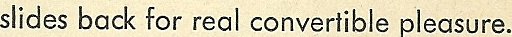
slides back for real convertible pleasure.